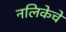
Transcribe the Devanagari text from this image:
नलिकेचे